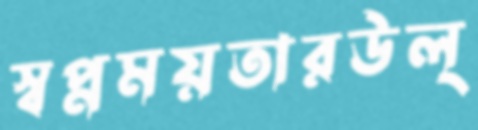
স্বপ্নময়তারউল্